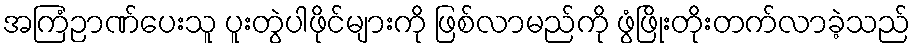
အကြံဉာဏ်ပေးသူ ပူးတွဲပါဖိုင်များကို ဖြစ်လာမည်ကို ဖွံဖြိုးတိုးတက်လာခဲ့သည်